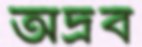
অদ্রব